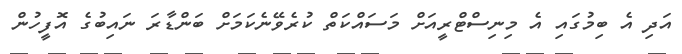
އަދި އެ ބިމުގައި އެ މިނިސްޓްރީއަށް މަސައްކަތް ކުރެވޭނެކަމަށް ބަންޑާރަ ނައިބުގެ އޮފީހުން